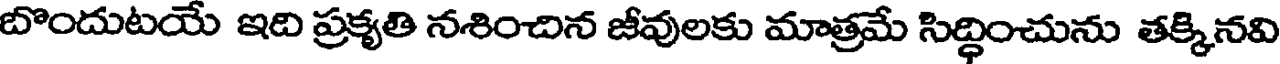
బొందుటయే ఇది ప్రకృతి నశించిన జీవులకు మాత్రమే సిద్ధించును తక్కినవి